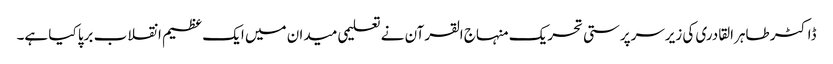
ڈاکٹر طاہرالقادری کی زیرسرپرستی تحریک منہاج القرآن نے تعلیمی میدان میں ایک عظیم انقلاب برپا کیا ہے۔